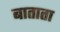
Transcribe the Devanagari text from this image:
बाताता